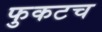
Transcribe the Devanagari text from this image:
फुकटच